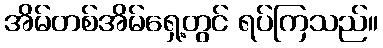
အိမ်တစ်အိမ်ရှေ့တွင် ရပ်ကြသည်။